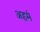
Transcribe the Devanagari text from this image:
अहमं